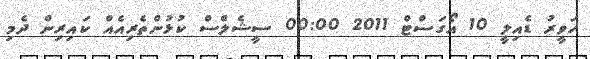
ހަވީރު ޑެއިލީ 10 އޯގަސްޓް 2011 00:00 ސީޝެލްސް ކުޅުންތެރިއެއް ކައިރިން ދެމި